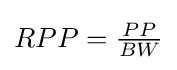
RPP={\tfrac {PP}{BW}}